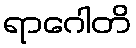
ရာဂေါတိ